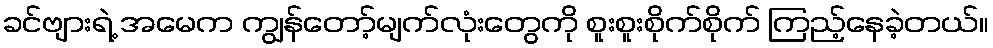
ခင်ဗျားရဲ့ အမေက ကျွန်တော့်မျက်လုံးတွေကို စူးစူးစိုက်စိုက် ကြည့်နေခဲ့တယ်။